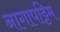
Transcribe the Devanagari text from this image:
नागापट्टिम